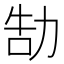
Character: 勂